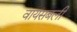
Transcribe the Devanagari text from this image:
वायसबली